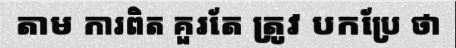
តាម ការពិត គួរតែ ត្រូវ បកប្រែ ថា